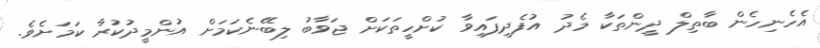
އެހެނިހެން ބާތިލް ދީންތަކާ މެދު އުފެދިފައިވާ ކުށްހީތަކަށް ޖަވާބު ލިބޭނެކަމަށް އުންމީދުކުރާ ކަމަށެވެ.